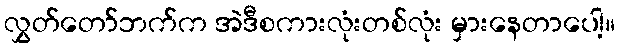
လွှတ်တော်ဘက်က အဲဒီစကားလုံးတစ်လုံး မှားနေတာပေါ့။